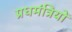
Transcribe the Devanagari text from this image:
प्रधमंत्रियों